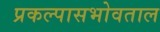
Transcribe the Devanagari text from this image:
प्रकल्पासभोवताल